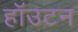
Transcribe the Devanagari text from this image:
हॉउटन